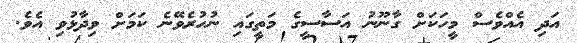
އަދި އެއްވެސް މީހަކަށް ގާނޫނު އަސާސީގެ މަތީގައި ނުހުރެވޭނެ ކަމަށް ވިދާޅުވި އެވެ.